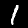
Digit: 1